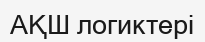
АҚШ логиктері